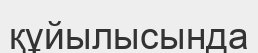
құйылысында